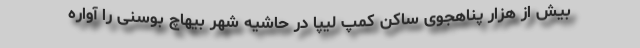
بیش از هزار پناهجوی ساکن کمپ لیپا در حاشیه شهر بیهاچ بوسنی را آواره